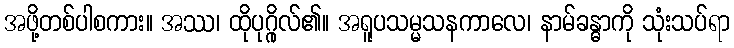
အဖို့တစ်ပါစကား။ အဿ၊ ထိုပုဂ္ဂိုလ်၏။ အရူပသမ္မသနကာလေ၊ နာမ်ခန္ဓာကို သုံးသပ်ရာ